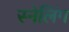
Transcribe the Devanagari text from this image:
स्नेलिंग